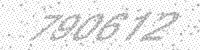
Solution: 790612